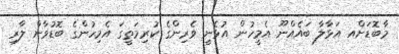
މާބޮޑަށްއ އަޅާލާ ބައެއްނޫ އެމީހުން އުޅެނީ ވެރިންގެ ކުރިމަތީގަ އެމިހުންގެ ބޮޑުވާން ލާރި